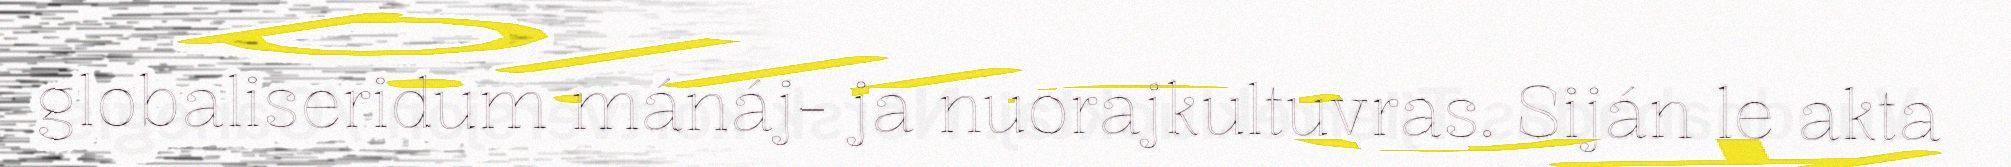
globaliseridum mánáj- ja nuorajkultuvras. Siján le akta